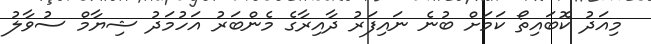
މިއަދު ކޮބައިތޯ ކަމަށް ބުނެ ނައިފަރު ދާއިރާގެ މެންބަރު އަހުމަދު ޝިޔާމް ސުވާލު